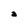
Character: a